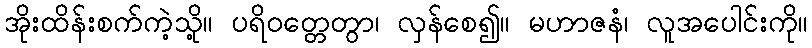
အိုးထိန်းစက်ကဲ့သို့။ ပရိဝတ္တေတွာ၊ လှန်စေ၍။ မဟာဇနံ၊ လူအပေါင်းကို။